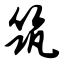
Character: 筑